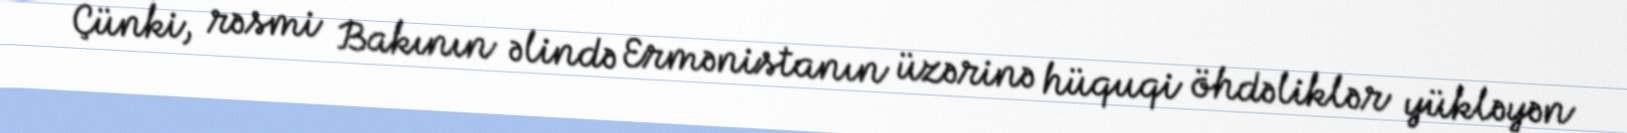
Çünki, rəsmi Bakının əlində Ermənistanın üzərinə hüquqi öhdəliklər yükləyən